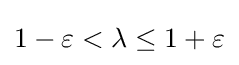
1-\varepsilon <\lambda \leq 1+\varepsilon